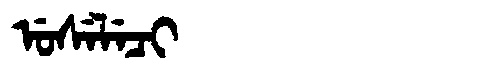
Manchu: ᡠᠰᡝᠯᡝᠴᡳ
Romanization: USELECI